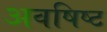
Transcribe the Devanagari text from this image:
अवषिष्ट